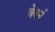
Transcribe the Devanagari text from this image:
वेबर्न